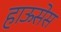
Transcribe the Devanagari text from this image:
हाऊसेस